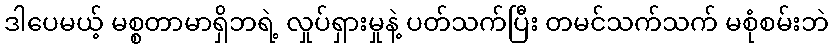
ဒါပေမယ့် မစ္စတာမာရှိဘရဲ့ လှုပ်ရှားမှုနဲ့ ပတ်သက်ပြီး တမင်သက်သက် မစုံစမ်းဘဲ